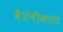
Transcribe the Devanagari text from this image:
वैशेषीकरण